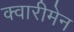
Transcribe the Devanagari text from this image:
क्वारीमेन